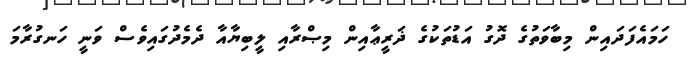
ހަމައެފަދައިން މިބާވަތުގެ ދޮގު އަޑުތަކުގެ ޛަރީޢާއިން މިޞްރާއި ލީބިޔާއާ ދެމެދުގައިވެސް ވަނީ ހަނގުރާމަ